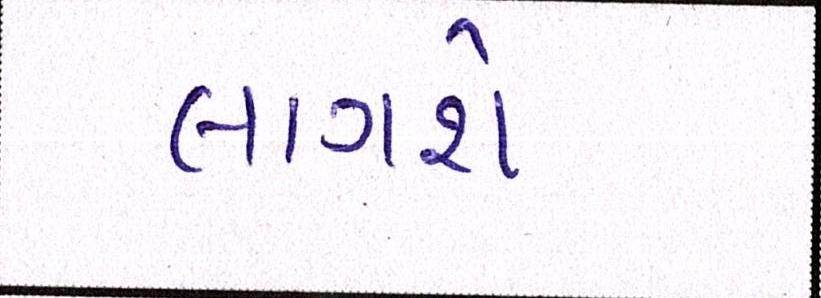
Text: લાગશે